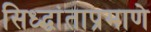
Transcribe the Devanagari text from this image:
सिध्द्धांताप्रमाणे